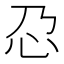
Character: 𫹭